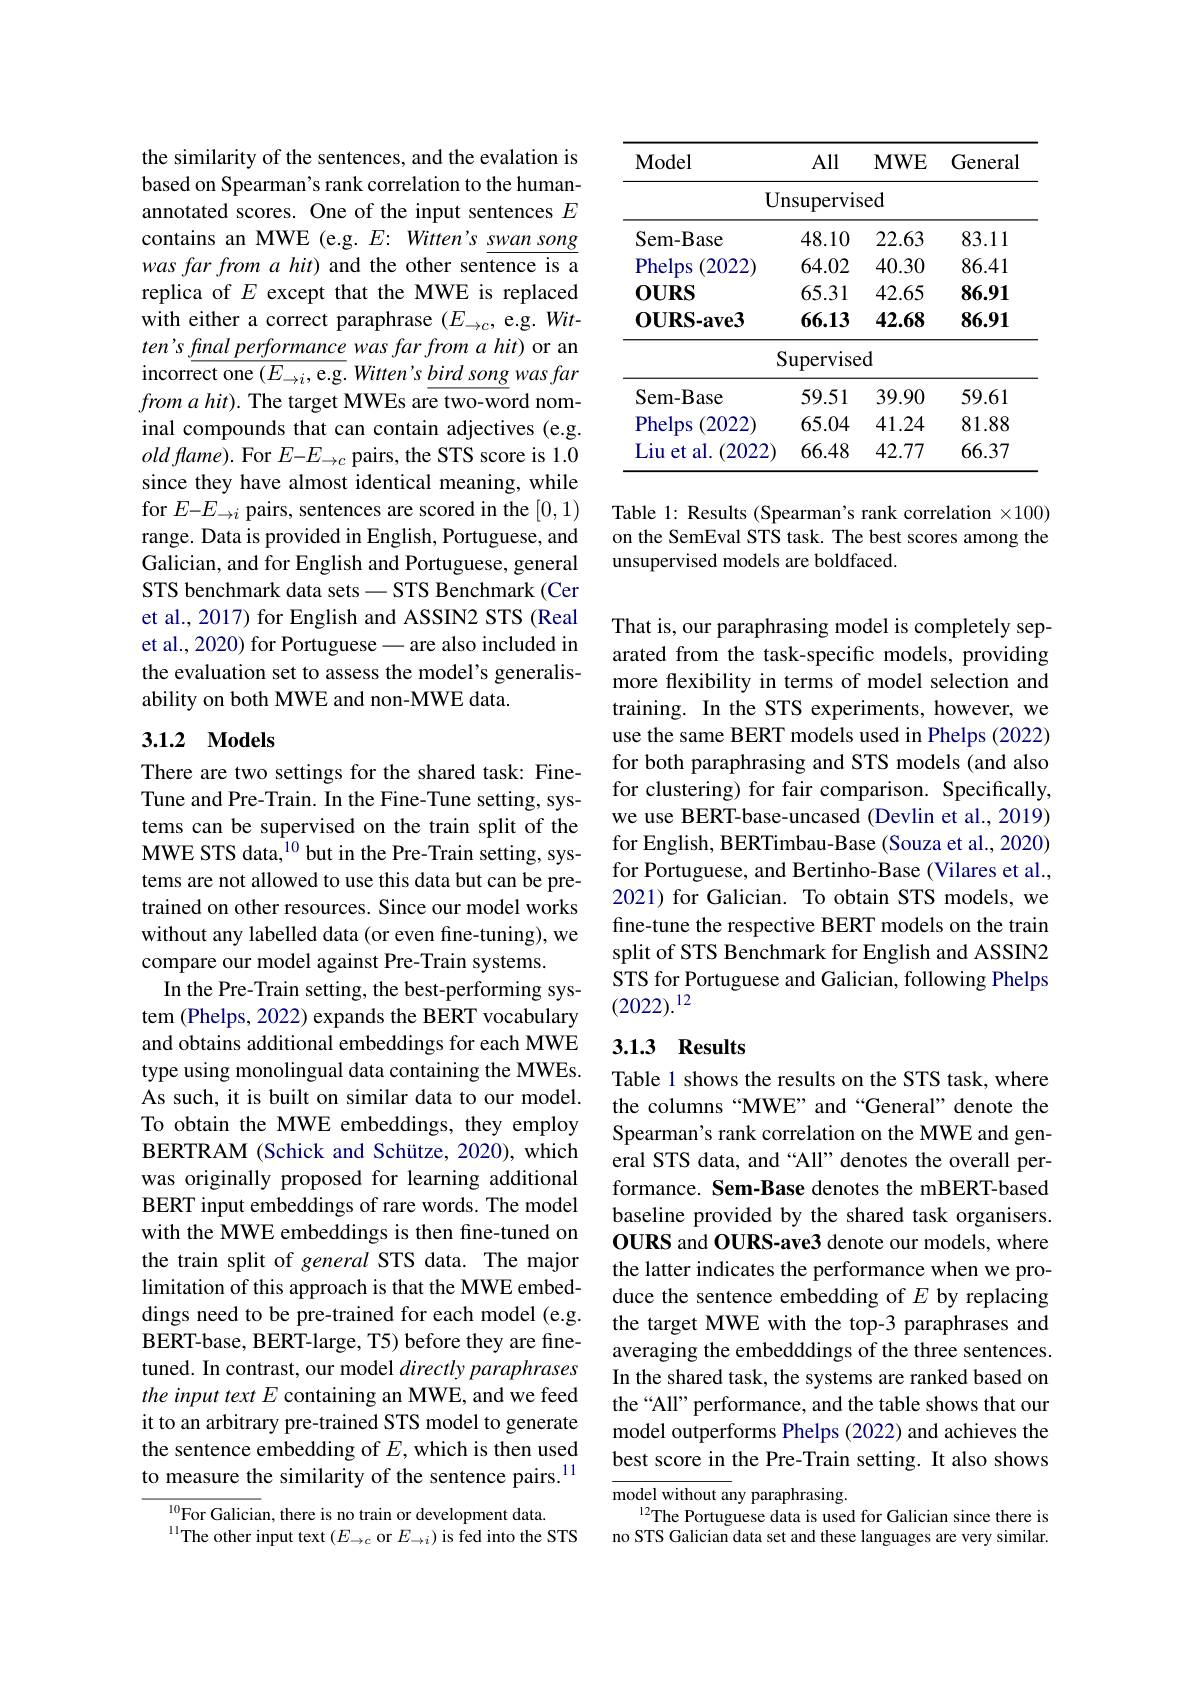
the similarity of the sentences, and the evalation is based on Spearman's rank correlation to the humanannotated scores. One of the input sentences $E$ contains an MWE (e.g. E: Witten's $\underline{swansong}$ was far from $a$ hit) and the other sentence is a replica of $E$ except that the MWE is replaced with either a correct paraphrase $(E_\to c$, e.g. Wit- $ten'sfinal$ performance was far from a hit) or an incorrect one $(E_\to i$,e.g. Witten's $\underline {b}ird\textit{song}wasfar$ $from~a~hit).$ The target MWEs are two-word nominal compounds that can contain adjectives (e.g. $old\textit{fame}) .$ For $E–E_\rightarrow c$ pairs, the STS score is 1.0 since they have almost identical meaning, while for $E-E_\to i$ pairs, sentences are scored in the [0,1) range. Data is provided in English, Portuguese, and Galician, and for English and Portuguese, general STS benchmark data sets -STS Benchmark (Cer et al., 2017) for English and ASSIN2 STS (Real et al., 2020) for Portuguese - are also included in the evaluation set to assess the model's generalisability on both MWE and non-MWE data.

### 3.1.2 Models

There are two settings for the shared task: FineTune and Pre-Train. In the Fine-Tune setting, systems can be supervised on the train split of the MWE STS data,$^{10}$but in the Pre-Train setting, systems are not allowed to use this data but can be pretrained on other resources. Since our model works without any labelled data(or even fine-tuning), we compare our model against Pre-Train systems.
In the Pre-Train setting, the best-performing system (Phelps, 2022) expands the BERT vocabulary and obtains additional embeddings for each MWE type using monolingual data containing the MWEs. As such, it is built on similar data to our model. To obtain the MWE embeddings, they employ BERTRAM (Schick and Schütze, 2020), which was originally proposed for learning additional BERT input embeddings of rare words. The model with the MWE embeddings is then fine-tuned on the train split of general STS data. The major limitation of this approach is that the MWE embeddings need to be pre-trained for each model (e.g. BERT-base, BERT-large, T5) before they are finetuned. In contrast, our model directly paraphrases the input text $E$ containing an MWE, and we feed it to an arbitrary pre-trained STS model to generate the sentence embedding of $E$,which is then used to measure the similarity of the sentence pairs.$^{11}$
$^{10}$For Galician, there is no train or development data.

$^{11}$The other input text $(E_\to c$ or $E_\to i)$ is fed into the STS

<table>
	<tbody>
		<tr>
			<th>$\mathbf{Model}$</th>
			<th>All</th>
			<th>$MWE$</th>
			<th>General</th>
		</tr>
		<tr>
			<td>$\textbf{U}$</td>
			<td>$\operatorname{Insupervis}$</td>
			<td>${\mathrm{ied}}$</td>
			<td> </td>
		</tr>
		<tr>
			<td>Sem- B iase</td>
			<td>48.10</td>
			<td>22.63</td>
			<td>83.11</td>
		</tr>
		<tr>
			<td>Phelps 2022</td>
			<td>64.02</td>
			<td>40.30</td>
			<td>86.41</td>
		</tr>
		<tr>
			<td>$\mathbf{OURS}$</td>
			<td>65.31</td>
			<td>42.65</td>
			<td>86.91</td>
		</tr>
		<tr>
			<td>$\mathbf{OURS-ave3}$</td>
			<td>66.13</td>
			<td>42.68</td>
			<td>86.91</td>
		</tr>
		<tr>
			<td> </td>
			<td>Supervise</td>
			<td>$d$</td>
			<td> </td>
		</tr>
		<tr>
			<td>Sem- B $3ase$</td>
			<td>59.51</td>
			<td>39.90</td>
			<td>59.61</td>
		</tr>
		<tr>
			<td>Phelps 2022</td>
			<td>65.04</td>
			<td>41.24</td>
			<td>81.88</td>
		</tr>
		<tr>
			<td>Liu al. 2022 $et:$</td>
			<td>66.48</td>
			<td>42.77</td>
			<td>66.37</td>
		</tr>
	</tbody>
</table>

Table 1: Results (Spearman's rank correlation $\times100)$ on the SemEval STS task. The best scores among the unsupervised models are boldfaced.

That is, our paraphrasing model is completely separated from the task-specific models, providing more flexibility in terms of model selection and training. In the STS experiments, however, we use the same BERT models used in Phelps (2022) for both paraphrasing and STS models (and also for clustering) for fair comparison. Specifically, we use BERT-base-uncased (Devlin et al., 2019) for English, BERTimbau-Base (Souza et al., 2020) for Portuguese, and Bertinho-Base (Vilares et al., 2021) for Galician. To obtain STS models, we fine-tune the respective BERT models on the train split of STS Benchmark for English and ASSIN2 STS for Portuguese and Galician, following Phelps $(2022).^{12}$

### 3.1.3 Results

Table 1 shows the results on the STS task, where the columns “MWE” and“General” denote the Spearman's rank correlation on the MWE and general STS data, and “All” denotes the overall performance. Sem-Base denotes the mBERT-based baseline provided by the shared task organisers. OURS and OURS-ave3 denote our models, where the latter indicates the performance when we produce the sentence embedding of $E$ by replacing the target MWE with the top-3 paraphrases and averaging the embedddings of the three sentences. In the shared task, the systems are ranked based on the“All” performance, and the table shows that our model outperforms Phelps (2022) and achieves the best score in the Pre-Train setting. It also shows

model without any paraphrasing.
$^{12}$The Portuguese data is used for Galician since there is no STS Galician data set and these languages are very similar.